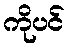
ကိုပင်